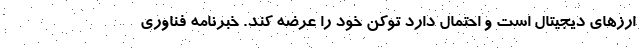
ارزهای دیجیتال است و احتمال دارد توکن خود را عرضه کند. خبرنامه فناوری